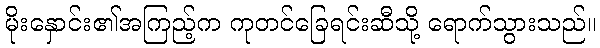
မိုးနှောင်း၏အကြည့်က ကုတင်ခြေရင်းဆီသို့ ရောက်သွားသည်။